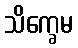
သိက္ခေမ